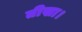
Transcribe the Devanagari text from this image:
तीखा।